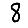
Digit: 8